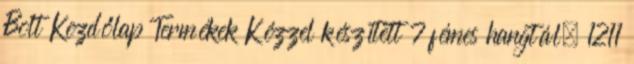
Bolt Kezdőlap Termékek Kézzel készített 7 fémes hangtál, 1211